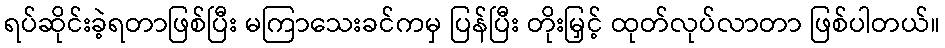
ရပ်ဆိုင်းခဲ့ရတာဖြစ်ပြီး မကြာသေးခင်ကမှ ပြန်ပြီး တိုးမြှင့် ထုတ်လုပ်လာတာ ဖြစ်ပါတယ်။